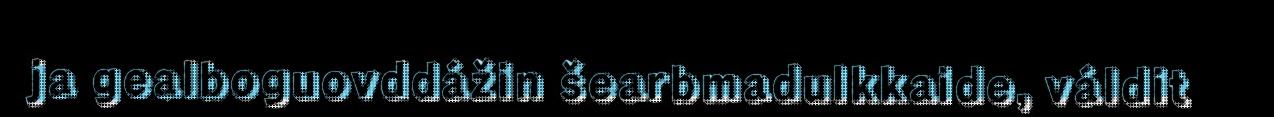
ja gealboguovddážin šearbmadulkkaide, váldit